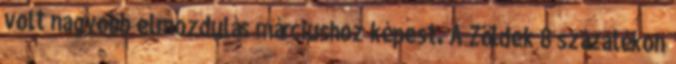
volt nagyobb elmozdulás márciushoz képest. A Zöldek 8 százalékon